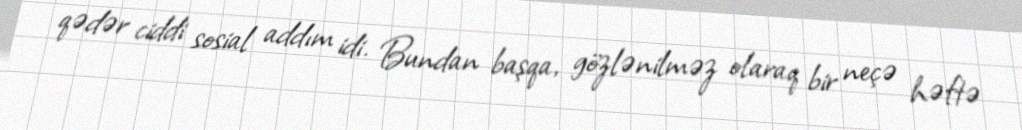
qədər ciddi sosial addım idi. Bundan başqa, gözlənilməz olaraq bir neçə həftə